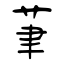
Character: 茟